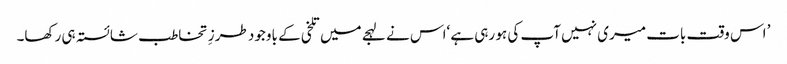
’ اس وقت بات میری نہیں آپ کی ہو رہی ہے ‘اس نے لہجے میں تلخی کے باوجود طرزِ تخاطب شائستہ ہی رکھا۔